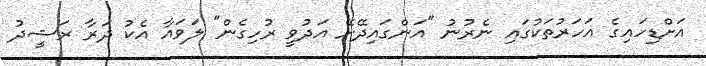
އަށްޑިހައިގެ އަހަރުތަކުގައި ނެރުނު "އަންގައިދޭށޭ އަދުވީ ރުހިގެން" ލަވައާ އެކު ދަރާ ރަޝީދު